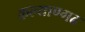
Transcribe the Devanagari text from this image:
कल्याण्गढ